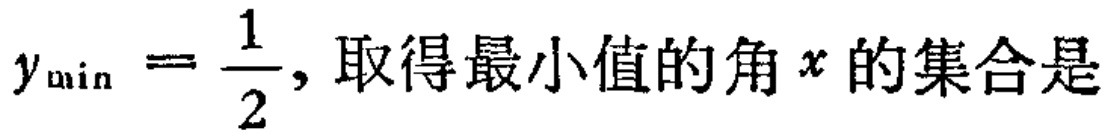
$y_{\min}=\frac{1}{2},取得最小值的角x的集合是$